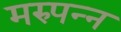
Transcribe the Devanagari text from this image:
मरुपन्न